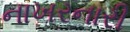
નાખરનારી